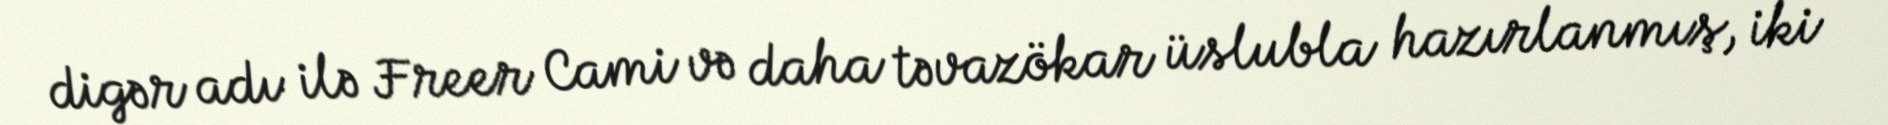
digər adı ilə Freer Cami və daha təvazökar üslubla hazırlanmış, iki